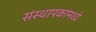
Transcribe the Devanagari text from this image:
संस्थापकांमध्ये